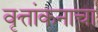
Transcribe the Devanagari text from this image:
वृत्तांकनाचा